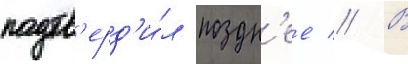
подтв'ерд'и́л поздн'ее // В